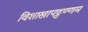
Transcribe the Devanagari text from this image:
विशाखापट्टण्णम